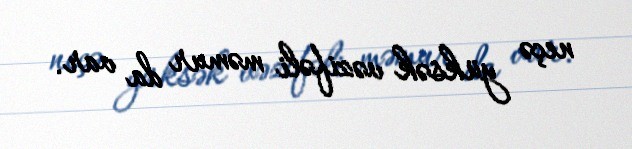
neçə yüksək vəzifəli məmur da var.